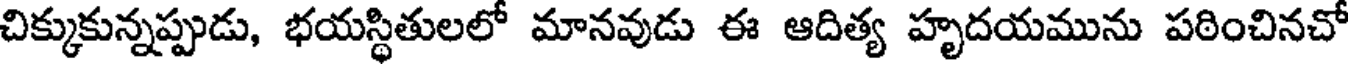
చిక్కుకున్నప్పుడు, భయస్థితులలో మానవుడు ఈ ఆదిత్య హృదయమును పఠించినచో